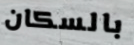
بالسكان